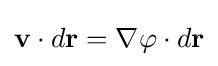
\mathbf {v} \cdot d\mathbf {r} =\nabla {\varphi }\cdot d\mathbf {r}